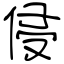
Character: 侵